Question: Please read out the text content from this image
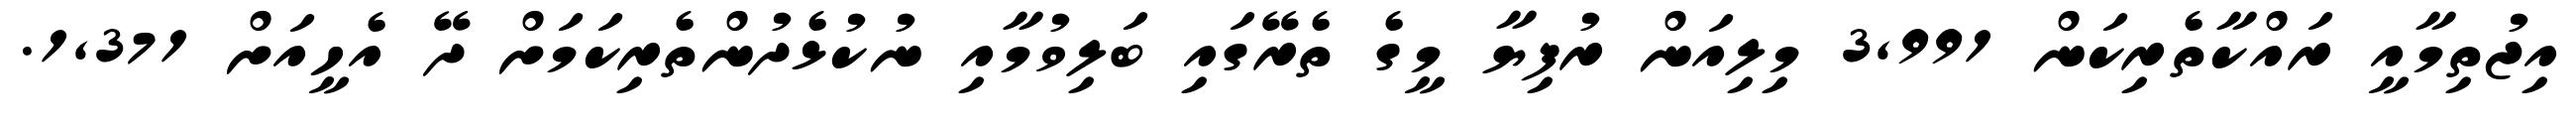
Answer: އިޖުތިމާއީ ރައްކާތެރިކަން 3,991 މިލިއަން ރުފިޔާ މީގެ ތެރޭގައި ބަލިވުމާއި ނުކުޅެދުންތެރިކަމަށް ދޭ އެހީއަށް 1,371.